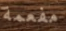
مفعمة